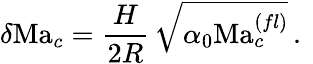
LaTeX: \delta\mathrm{Ma}_{c}=\frac{H}{2R}\, \sqrt{\alpha_{0}\mathrm{Ma}_{c}^{(fl)}}\, .\